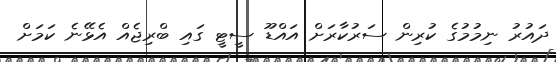
ދައުރު ނިމުމުގެ ކުރިން ސަރުކާރަށް އައްޑޫ ސީޓީ ގައި ބްރިޖެއް އެޅޭނެ ކަމަށް